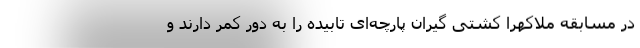
در مسابقه ملاکهرا کشتی گیران پارچه‌ای تابیده را به دور کمر دارند و